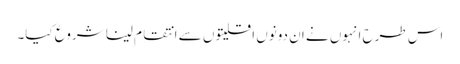
اس طرح انہوں نے ان دونوں اقلیتوں سے انتقام لینا شروع کیا۔